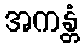
အကန္တံ